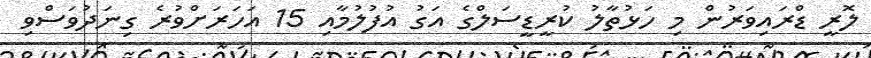
ލޮރީ ޑްރައިވަރުން މި ހަޅުތާލު ކުރީޑީސަލްގެ އަގު އުފުލުމާއި 15 އަހަރަށްވުރެ ގިނަދުވަސްވި